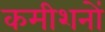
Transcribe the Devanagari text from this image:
कमीशनों